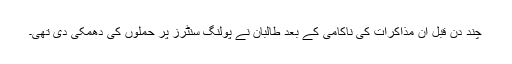
چند دن قبل ان مذاکرات کی ناکامی کے بعد طالبان نے پولنگ سنٹرز پر حملوں کی دھمکی دی تھی۔